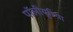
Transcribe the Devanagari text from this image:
पॉलीयूरिया